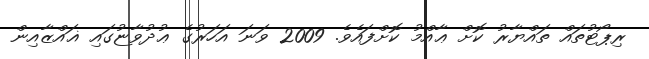
ރިޕޯޓުތައް ތައްޔާރު ކޮށް ޢާއްމު ކޮށްފައެވެ. 2009 ވަނަ އަހަރުގެ ޢުދުވާޏުގައި ޣައްޒާއިން